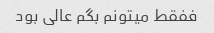
ففقط میتونم بگم عالی بود